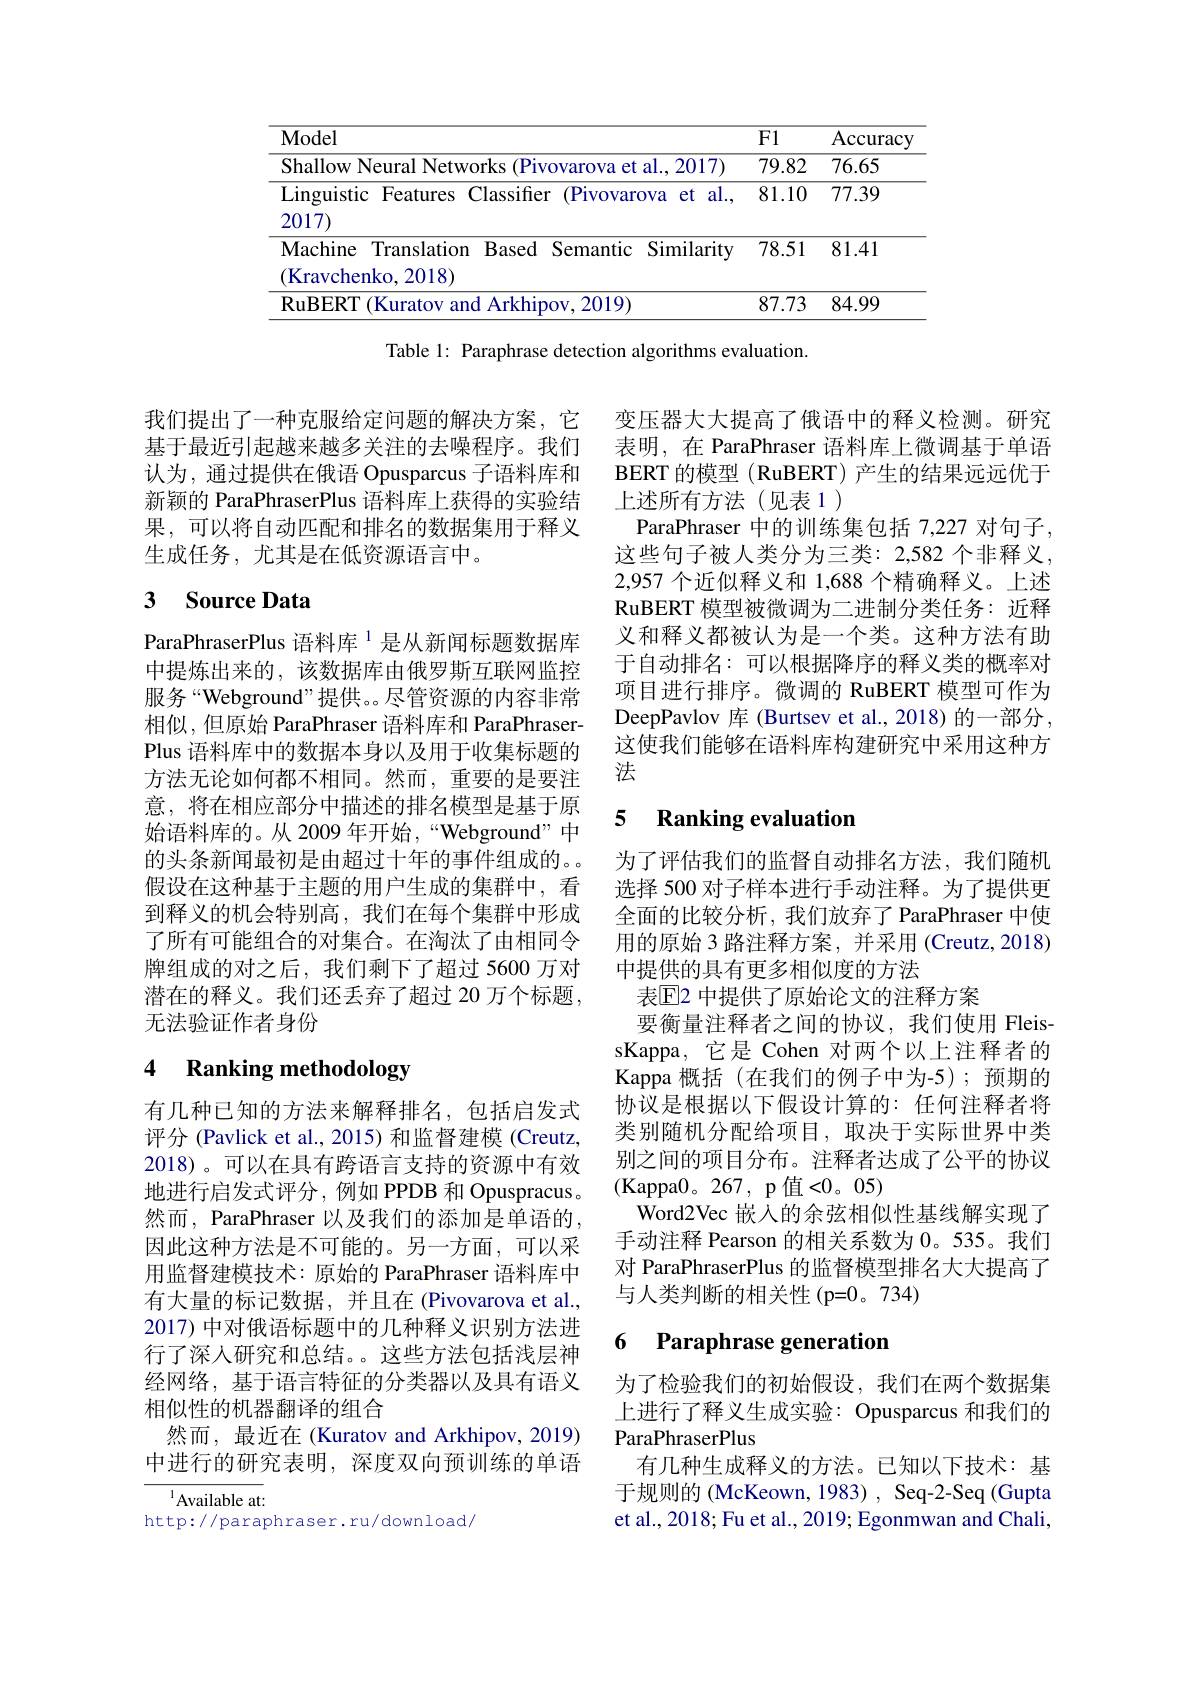
<table>
	<tbody>
		<tr>
			<th>Model</th>
			<th>F1</th>
			<th>Accuracy</th>
		</tr>
		<tr>
			<td>$kc$ et al.2017)</td>
			<td>79.82</td>
			<td>76.65</td>
		</tr>
		<tr>
			<td>Linguistic Features Classifer (Pivovarova et al., 2017)</td>
			<td>81.10</td>
			<td>77.39</td>
		</tr>
		<tr>
			<td>Machine Translation Based Semantic Similarity (Kravchenko, 2018)</td>
			<td>78.51</td>
			<td>81.41</td>
		</tr>
		<tr>
			<td>RuBERT (Kuratov and Arkhipov, 2019</td>
			<td>87.73</td>
			<td>84.99</td>
		</tr>
	</tbody>
</table>
Table 1: Paraphrase detection algorithms evaluation.

我们提出了一种克服给定问题的解决方案，它 变压器大大提高了俄语中的释义检测。研究
基于最近引起越来越多关注的去噪程序。我们认为，通过提供在俄语 Opusparcus 子语料库和新颖的 ParaPhraserPlus 语料库上获得的实验结果，可以将自动匹配和排名的数据集用于释义生成任务，尤其是在低资源语言中。

## 3 Source Data

ParaPhraserPlus 语料库$^{1}$是从新闻标题数据库中提炼出来的，该数据库由俄罗斯互联网监控服务“Webground”提供。。尽管资源的内容非常相似，但原始 ParaPhraser 语料库和 ParaPhraserPlus 语料库中的数据本身以及用于收集标题的方法无论如何都不相同。然而，重要的是要注意，将在相应部分中描述的排名模型是基于原始语料库的。从 2009 年开始，“Webground”中的头条新闻最初是由超过十年的事件组成的。假设在这种基于主题的用户生成的集群中，看到释义的机会特别高，我们在每个集群中形成了所有可能组合的对集合。在淘汰了由相同令牌组成的对之后，我们剩下了超过 5600 万对潜在的释义。我们还丢弃了超过 20 万个标题， 无法验证作者身份

## 4 Ranking methodology

有几种已知的方法来解释排名，包括启发式评分 (Pavlick et al., 2015) 和监督建模 (Creutz, 2018)。可以在具有跨语言支持的资源中有效地进行启发式评分，例如 PPDB 和 Opuspracus。然而，ParaPhraser 以及我们的添加是单语的， 因此这种方法是不可能的。另一方面，可以采用监督建模技术：原始的 ParaPhraser 语料库中有大量的标记数据，并且在(Pivovarova et al., 2017) 中对俄语标题中的几种释义识别方法进行了深人研究和总结。这些方法包括浅层神经网络，基于语言特征的分类器以及具有语义相似性的机器翻译的组合
然而，最近在 (Kuratov and Arkhipov, 2019) 中进行的研究表明，深度双向预训练的单语

$^{1}$Available at:
http://paraphraser.ru/download/

表明，在 ParaPhraser 语料库上微调基于单语BERT 的模型 (RuBERT) 产生的结果远远优于上述所有方法(见表1)
ParaPhraser 中的训练集包括 7,227 对句子， 这些句子被人类分为三类：2,582 个非释义， 2,957 个近似释义和 1,688 个精确释义。上述RuBERT 模型被微调为二进制分类任务：近释义和释义都被认为是一个类。这种方法有助于自动排名：可以根据降序的释义类的概率对项目进行排序。微调的 RuBERT 模型可作为DeepPavlov 库 (Burtsev et al., 2018) 的一部分， 这使我们能够在语料库构建研究中采用这种方法

### 5 $\textbf{Ranking evaluation}$

为了评估我们的监督自动排名方法，我们随机选择 500 对子样本进行手动注释。为了提供更全面的比较分析，我们放弃了 ParaPhraser 中使用的原始 3 路注释方案，并采用 (Creutz,2018) 中提供的具有更多相似度的方法
表$\mathbb{E}$2 中提供了原始论文的注释方案
要衡量注释者之间的协议，我们使用 FleissKappa, 它是 Cohen 对两个以上注释者的Kappa 概括(在我们的例子中为-5);预期的协议是根据以下假设计算的：任何注释者将类别随机分配给项目，取决于实际世界中类别之间的项目分布。注释者达成了公平的协议(Kappa0。267,p值<0。05)
Word2Vec 嵌入的余弦相似性基线解实现了手动注释 Pearson 的相关系数为 0。535。我们对 ParaPhraserPlus 的监督模型排名大大提高了与人类判断的相关性(p=0。734)

### 6 Paraphrase generatior

为了检验我们的初始假设，我们在两个数据集上进行了释义生成实验：Opusparcus 和我们的ParaPhraserPlus
有几种生成释义的方法。已知以下技术：基于规则的 (McKeown, 1983) , Seq-2-Seq (Gupta et al., 2018; Fu et al., 2019; Egonmwan and Chali,